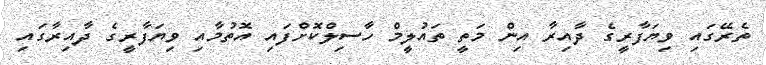
ތެރޭގައި ވިޔަފާރީގެ ދާއިރާ އިން މަތީ ތައުލީމް ހާސިލްކޮށްފައި އޮތުމާއި ވިޔަފާރީގެ ދާއިރާގައި